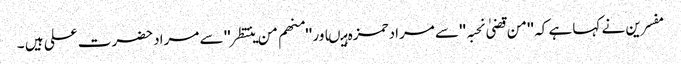
مفسرین نے کہا ہے کہ ''من قضیٰ نحبہ ''سے مرادحمزہ ہیںاور ''منھم من ینتظر'' سے مرادحضرت علی ہیں ۔